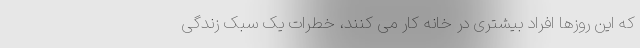
که این روزها افراد بیشتری در خانه کار می کنند، خطرات یک سبک زندگی